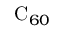
\mathrm { C } _ { 6 0 }